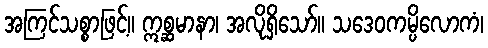
အကြင်သစ္စာဖြင့်။ ဣစ္ဆမာနာ၊ အလိုရှိသော်။ သဒေဝကမ္ပိလောကံ၊